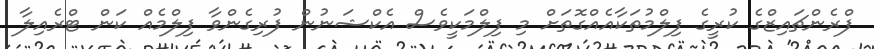
ފްރެންޗައިޒްގެ ކުރީގެ ފިލްމުތަކާއެއްގޮތަށް މި ފިލްމަކީވެސް އެކްޝަނުން ފުރިގެންވާ ފިލްމެއް ކަން ޓްރެއިލާ